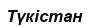
Түкістан